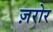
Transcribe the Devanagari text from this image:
ज़रोर